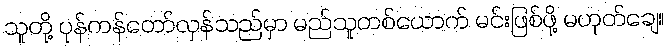
သူတို့ ပုန်ကန်တော်လှန်သည်မှာ မည်သူတစ်ယောက် မင်းဖြစ်ဖို့ မဟုတ်ချေ။